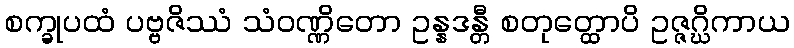
စက္ခုပထံ ပဗ္ဗဇိဿံ သံဝဏ္ဏိတော ဥန္နဒန္တီ စတုတ္ထောပိ ဥဇ္ဇဂ္ဃိကာယ